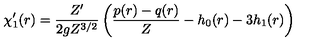
\chi _ { 1 } ^ { \prime } ( r ) = \frac { Z ^ { \prime } } { 2 g Z ^ { 3 / 2 } } \left( \frac { p ( r ) - q ( r ) } { Z } - h _ { 0 } ( r ) - 3 h _ { 1 } ( r ) \right)